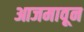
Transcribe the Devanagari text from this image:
आजमावून